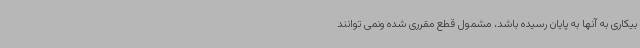
بیکاری به آنها به پایان رسیده باشد، مشمول قطع مقرری شده ونمی توانند